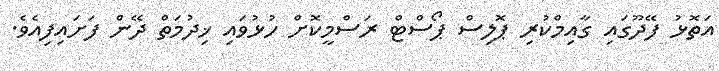
އަތޮޅު ފޭދޫގައި ގާއިމްކުރި ޕޮލިސް ޕޯސްޓް ރަސްމީކޮށް ހުޅުވައި ޚިދުމަތް ދޭން ފަށައިފިއެވެ.